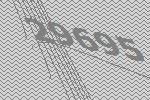
29695